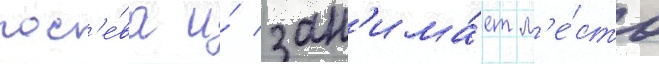
пос'е́ва и́ зан'има́ет м'е́сто